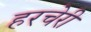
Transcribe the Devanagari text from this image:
हरचेरी